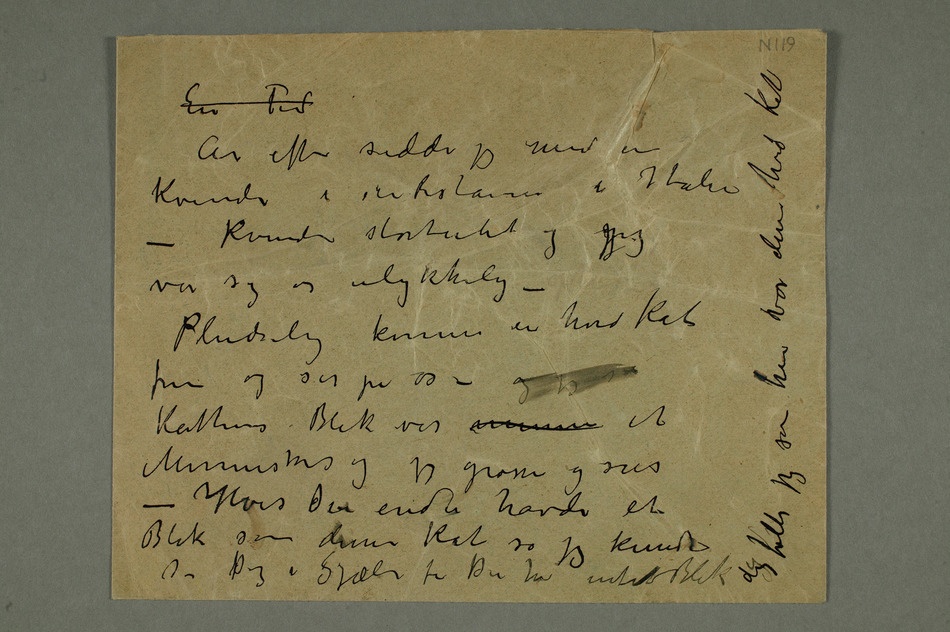
En Tid
År efter sidder jeg med en
Kvinde i en Restauran i Italien –
Kvinden stortutet og jeg
var syg og ulykkelig
Pludselig kommer en hvid kat
Kattens Blik var menne et
Menneskes og jeg grøsser og sier –
Hvis Du enda havde et
Blik som denne kat så jeg kunde se Dig i Sjælen for